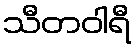
သီတဝါရီ